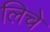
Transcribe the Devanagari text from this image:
लिचे